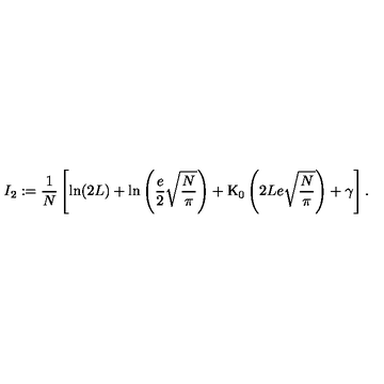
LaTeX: I _ { 2 } : = \frac { 1 } { N } \left[ \ln ( 2 L ) + \ln \left( \frac { e } { 2 } \sqrt { \frac { N } { \pi } } \right) + \mathrm { K } _ { 0 } \left( 2 L e \sqrt { \frac { N } { \pi } } \right) + \gamma \right] .